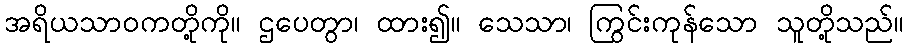
အရိယသာဝကတို့ကို။ ဌပေတွာ၊ ထား၍။ သေသာ၊ ကြွင်းကုန်သော သူတို့သည်။